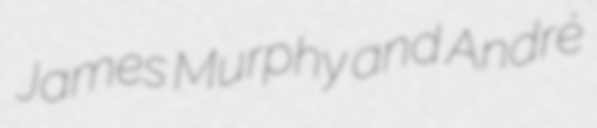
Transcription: James Murphy and André